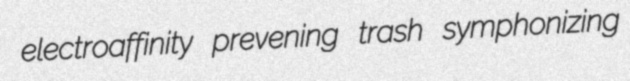
electroaffinity prevening trash symphonizing